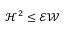
\mathcal { H } ^ { 2 } \leq \mathcal { E } \mathcal { W }